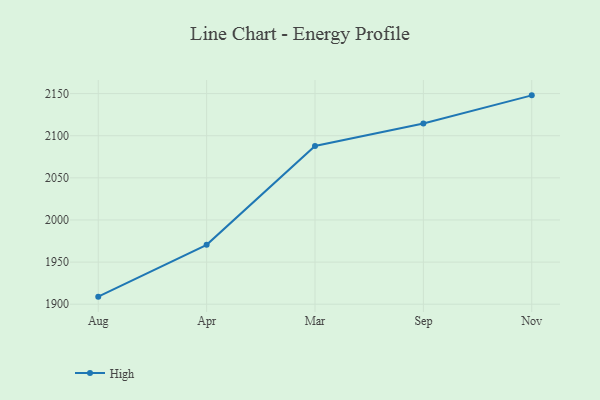
{"axis": {"x": "Month", "y": "Website Visitors"}, "legend": ["High"], "data": [{"x": "Aug", "y": 1909.0, "type": "High"}, {"x": "Apr", "y": 1970.5, "type": "High"}, {"x": "Mar", "y": 2087.8, "type": "High"}, {"x": "Sep", "y": 2114.5, "type": "High"}, {"x": "Nov", "y": 2147.9, "type": "High"}]}